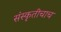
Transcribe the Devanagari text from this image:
संस्कृतीचाच